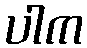
ပါက